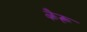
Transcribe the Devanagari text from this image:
कैरू